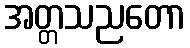
အတ္တသညတော